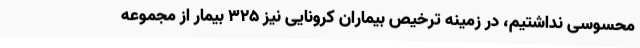
محسوسی نداشتیم، در زمینه ترخیص بیماران کرونایی نیز 325 بیمار از مجموعه